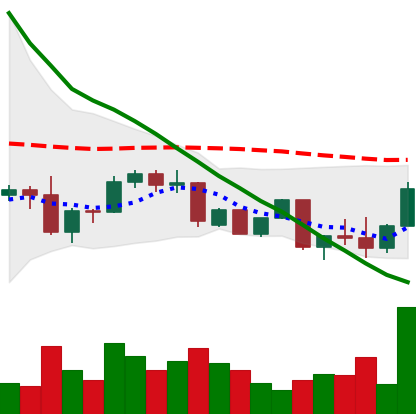
Ticker: DOGE-USD
Chart end date: 2022-09-23
Forward return: -4.284%
Label: down_3_5